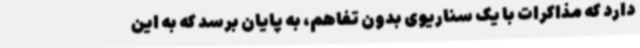
دارد که مذاکرات با یک سناریوی بدون تفاهم، به پایان برسد که به این